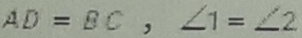
A D = B C , \angle 1 = \angle 2